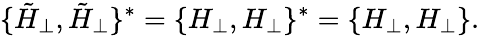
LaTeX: \{ \tilde{H}_{\perp},\tilde{H}_{\perp}\} ^{*}=\{ H_{\perp},H_{\perp}\} ^{*}=\{ H_{\perp},H_{\perp}\} .